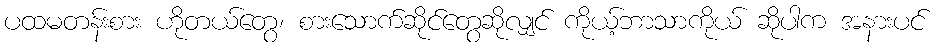
ပထမတန်းစား ဟိုတယ်တွေ၊ စားသောက်ဆိုင်တွေဆိုလျှင် ကိုယ့်ဘာသာကိုယ် ဆိုပါက အနားပင်